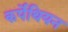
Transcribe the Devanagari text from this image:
कर्पेथियन